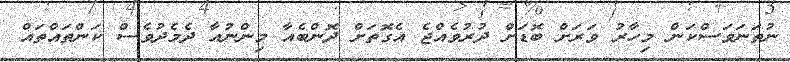
ނުތަނަވަސްކަން މިހާރު ވަރަށް ބޮޑަށް ދުރުވެއްޖެ އެގޮތަށް ދޮންބެއާ މިންނުއާ ދެމެދުވެސް ކަންތައްތައް